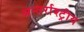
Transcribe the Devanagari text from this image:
अन्तर्राश्ट्रीय